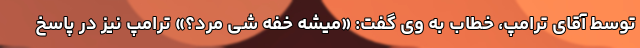
توسط آقای ترامپ، خطاب به وی گفت: «میشه خفه شی مرد؟» ترامپ نیز در پاسخ